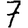
Digit: 7